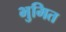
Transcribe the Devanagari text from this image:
भुमित